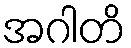
အဂါတိ